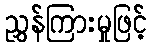
ညွှန်ကြားမှုဖြင့်